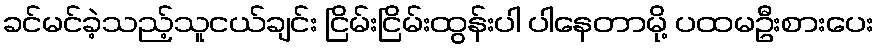
ခင်မင်ခဲ့သည့်သူငယ်ချင်း ငြိမ်းငြိမ်းထွန်းပါ ပါနေတာမို့ ပထမဦးစားပေး